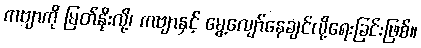
ကဗျာကို မြတ်နိုးလို့၊ ကဗျာနှင့် မွေ့လျော်နေချင်လို့ရေးခြင်းဖြစ်။